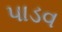
પાડવ